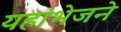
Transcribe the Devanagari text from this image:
यहांभेजने